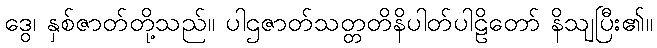
ဒွေ၊ နှစ်ဇာတ်တို့သည်။ ပါဌဇာတ်သတ္တတိနိပါတ်ပါဠိတော် နိသျပြီး၏။